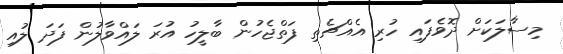
މިސާލަކަށް ދޮވެފައި ހުރި އެއްޗެތި ފަތްޖެހުން ބާލީހު އުރަ ލައްވާލުން ފަދަ ލުއި